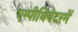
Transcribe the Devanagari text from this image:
एम्पीथियेटरमें